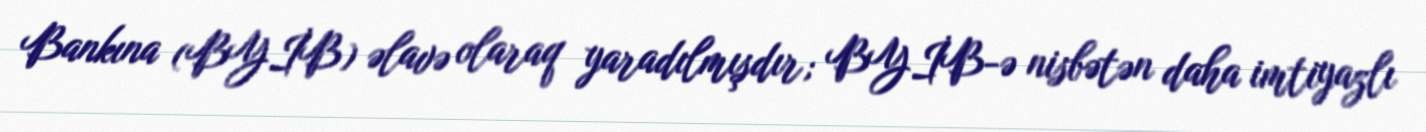
Bankına (BYİB) əlavə olaraq yaradılmışdır; BYİB-ə nisbətən daha imtiyazlı